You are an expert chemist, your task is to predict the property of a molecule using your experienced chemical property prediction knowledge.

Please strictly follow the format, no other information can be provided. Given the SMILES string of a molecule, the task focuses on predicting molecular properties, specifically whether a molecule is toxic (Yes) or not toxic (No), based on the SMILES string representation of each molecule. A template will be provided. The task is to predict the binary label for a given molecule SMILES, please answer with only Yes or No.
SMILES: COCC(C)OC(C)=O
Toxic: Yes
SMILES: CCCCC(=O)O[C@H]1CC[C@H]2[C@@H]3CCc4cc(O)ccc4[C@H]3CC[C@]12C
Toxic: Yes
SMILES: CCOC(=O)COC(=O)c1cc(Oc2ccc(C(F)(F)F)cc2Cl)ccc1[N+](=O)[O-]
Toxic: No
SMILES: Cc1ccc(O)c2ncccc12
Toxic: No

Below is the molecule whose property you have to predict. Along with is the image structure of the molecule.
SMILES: CC(C)C(O)(c1ccc(OC(F)(F)F)cc1)c1cncnc1
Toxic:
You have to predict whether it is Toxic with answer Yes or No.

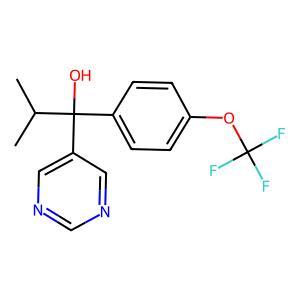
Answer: No